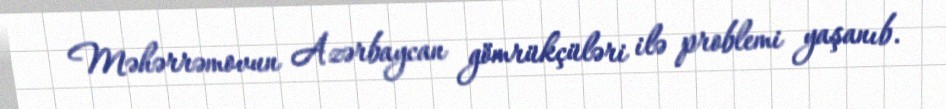
Məhərrəmovun Azərbaycan gömrükçüləri ilə problemi yaşanıb.